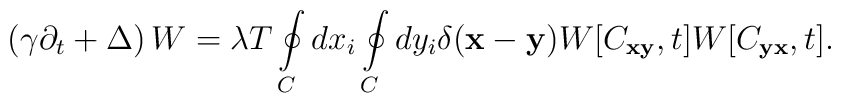
\left(\gamma\partial_t+\Delta\right)W=\lambda T\oint\limits_{C}^{}dx_i\oint\limits_{C}^{}dy_i\delta({\bf x}-{\bf y})W[C_{\bf xy},t]W[C_{\bf yx},t].